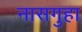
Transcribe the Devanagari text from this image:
नासगुहा